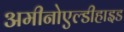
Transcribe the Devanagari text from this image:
अमीनोएल्डीहाइड